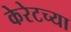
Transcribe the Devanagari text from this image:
केरेटच्या